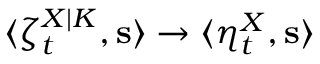
\langle \zeta _ { t } ^ { X | K } , \mathbf { s } \rangle \to \langle \eta _ { t } ^ { X } , \mathbf { s } \rangle